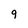
Character: 9